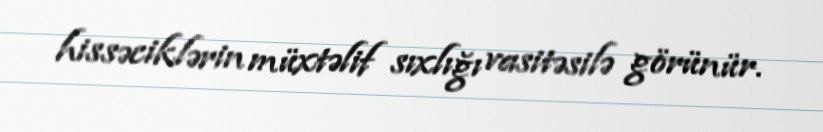
hissəciklərin müxtəlif sıxlığı vasitəsilə görünür.